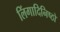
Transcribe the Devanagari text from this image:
लिंगादिनिष्ठो